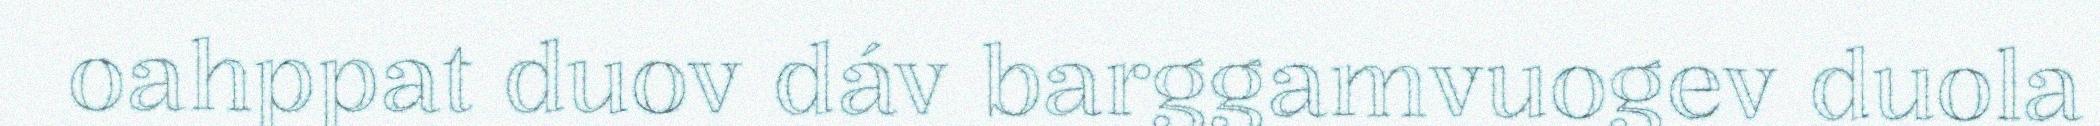
oahppat duov dáv barggamvuogev duola